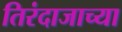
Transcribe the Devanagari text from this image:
तिरंदाजाच्या